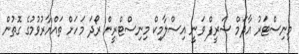
މިނިސްޓަރު އާދަމް ޝަރީފް ވަނީ އިސްލާމިކް މިނިސްޓްރީން ރޯދަ މަހަށް ތައްޔާރުވުމުގެ ގޮތުން